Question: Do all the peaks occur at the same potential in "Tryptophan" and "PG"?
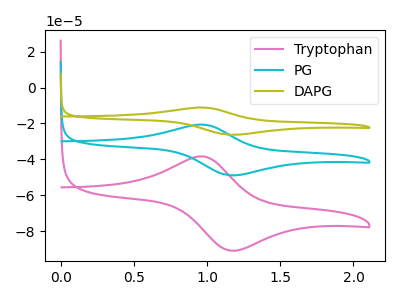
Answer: <think>The pink curve "Tryptophan" has an anodic peak at (0.95V, -38.30uA) and a cathodic peak at (1.15V, -90.85uA). The cyan curve "PG" has an anodic peak at (0.95V, -20.60uA) and a cathodic peak at (1.15V, -48.90uA). The olive curve "DAPG" has an anodic peak at (0.95V, -41.25uA) and a cathodic peak at (1.15V, -97.75uA).</think>
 <answer>Yes, "Tryptophan" have a peak in "PG" at the same potential.</answer>
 <eval>match</eval>